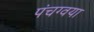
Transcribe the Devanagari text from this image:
पंचग्वया